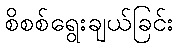
စိစစ်ရွေးချယ်ခြင်း